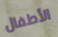
الأطفال